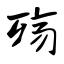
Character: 殇